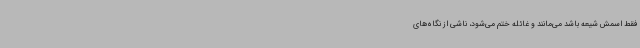
فقط اسمش شیعه باشد می‌مانند و غائله ختم می‌شود، ناشی از نگاه‌های